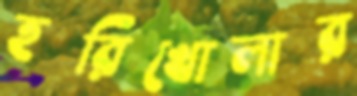
হরিখোলার